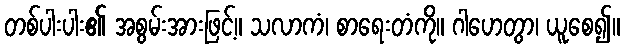
တစ်ပါးပါး၏ အစွမ်းအားဖြင့်။ သလာကံ၊ စာရေးတံကို။ ဂါဟေတွာ၊ ယူစေ၍။